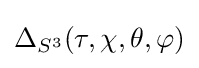
\Delta _{S^{3}}(\tau ,\chi ,\theta ,\varphi )